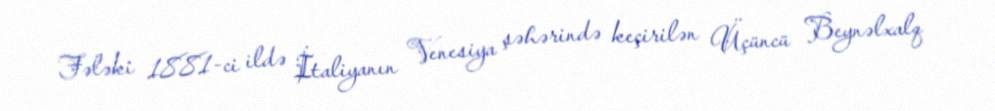
Fələki 1881-ci ildə İtaliyanın Venesiya şəhərində keçirilən Üçüncü Beynəlxalq